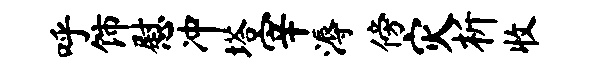
呼饰慰冲塔宰溽傍灾析收